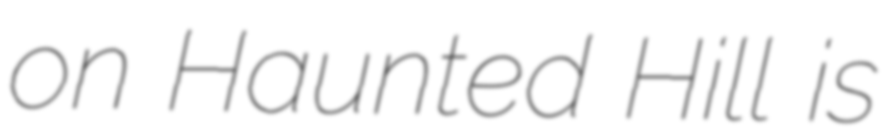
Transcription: on Haunted Hill is